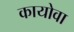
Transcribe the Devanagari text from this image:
कायोवा